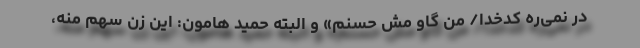
در نمی‌ره کدخدا/ من گاو مش حسنم» و البته حمید هامون: این زن سهم منه،